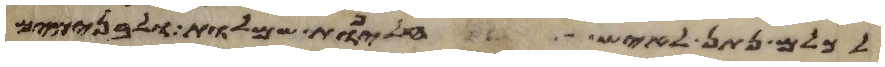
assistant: לכלם נתן לאיש חליפות שמלות ולבנימים